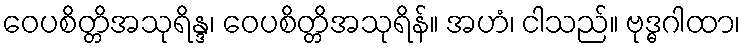
ဝေပစိတ္တိအသုရိန္ဒ၊ ဝေပစိတ္တိအသုရိန်။ အဟံ၊ ငါသည်။ ဗုဒ္ဓဂါထာ၊